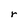
Character: r